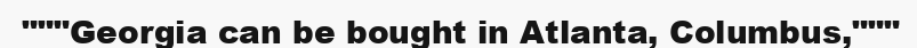
"""Georgia can be bought in Atlanta, Columbus,"""